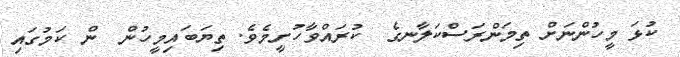
ކުޅަ މީހުންނަށް ތިމަންރަސްކަލާނގެ  ކުރައްވާހުށީމެވެ. ތިޔަބައިމީހުން  ން ކަމުގައި